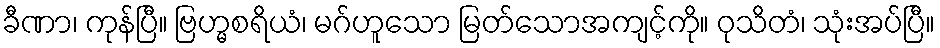
ခီဏာ၊ ကုန်ပြီ။ ဗြဟ္မစရိယံ၊ မဂ်ဟူသော မြတ်သောအကျင့်ကို။ ဝုသိတံ၊ သုံးအပ်ပြီ။